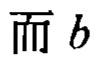
而 \(b\)